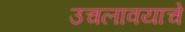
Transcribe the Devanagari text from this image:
उचलावयाचे